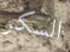
السكر